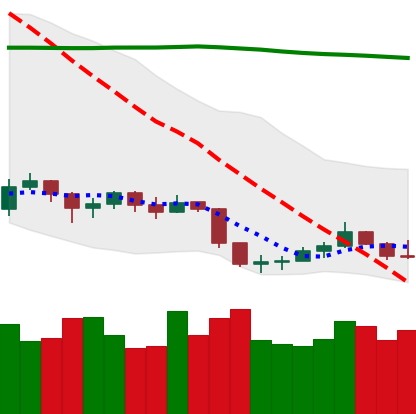
Ticker: LTC-USD
Chart end date: 2019-09-06
Forward return: 7.196%
Label: up_7plus